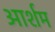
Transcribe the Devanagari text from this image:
आर्शम